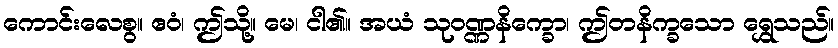
ကောင်းလေစွ။ ဧဝံ၊ ဤသို့။ မေ၊ ငါ၏။ အယံ သုဝဏ္ဏနိက္ခော၊ ဤတနိက္ခသော ရွှေသည်။